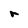
Character: r